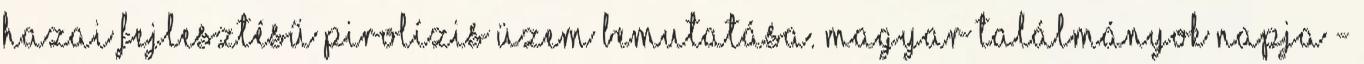
HAZAI FEJLESZTÉSŰ PIROLÍZIS ÜZEM BEMUTATÁSA. MAGYAR TALÁLMÁNYOK NAPJA -